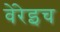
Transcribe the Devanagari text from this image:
वेंरेइच